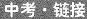
中考·链接